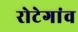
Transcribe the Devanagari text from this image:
रोटेगांव